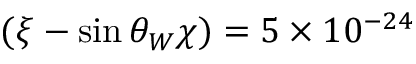
( \xi - \sin \theta _ { W } \chi ) = 5 \times 1 0 ^ { - 2 4 }